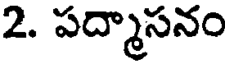
2. పద్మాసనం